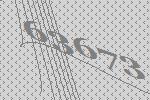
63673